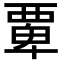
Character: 𮗆